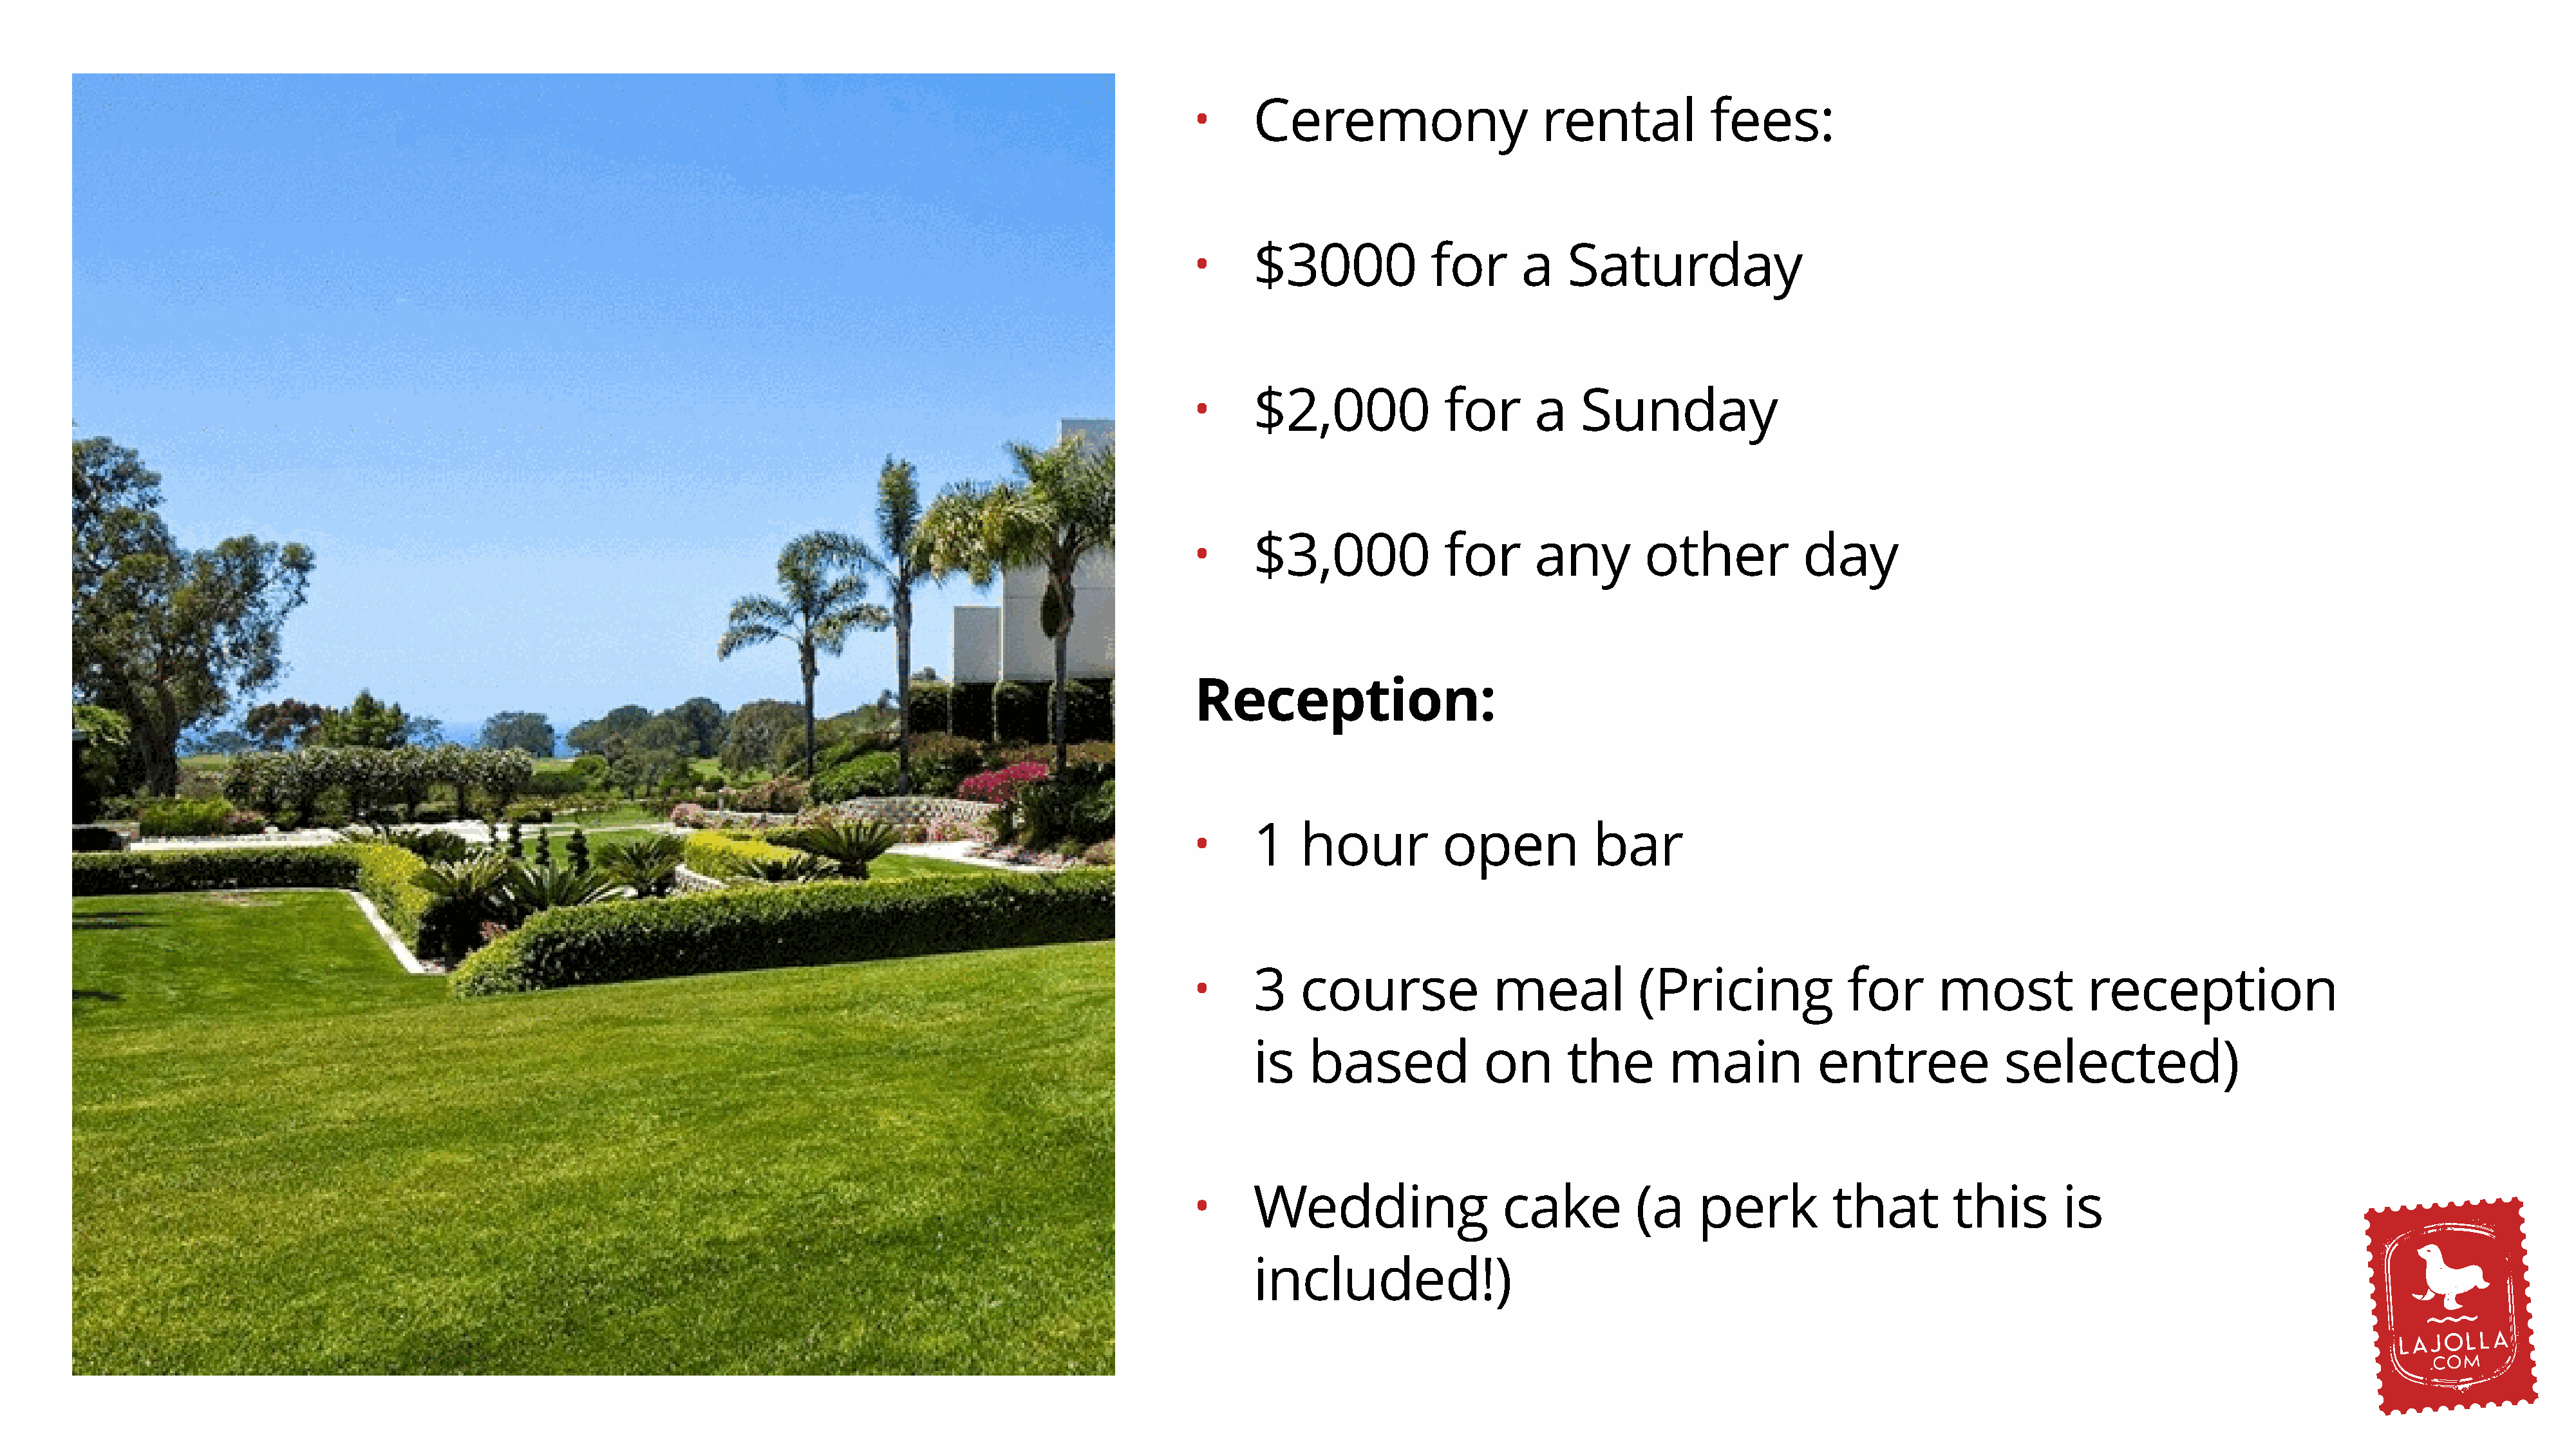
Ceremony                     rental            fees:
 •
 $3000             for      a    Saturday
 •
 $2,000             for       a   Sunday
 •
 $3,000             for       any        other           day
 •
 Reception:
 1    hour          open            bar
 •
 3    course             meal           (Pricing              for      most            reception
 •
 is   based             on       the       main            entree             selected)
 Wedding                  cake          (a     perk         that         this       is
 •
 included!)